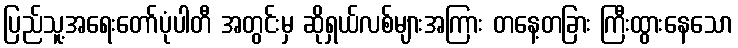
ပြည်သူ့အရေးတော်ပုံပါတီ အတွင်းမှ ဆိုရှယ်လစ်များအကြား တနေ့တခြား ကြီးထွားနေသော